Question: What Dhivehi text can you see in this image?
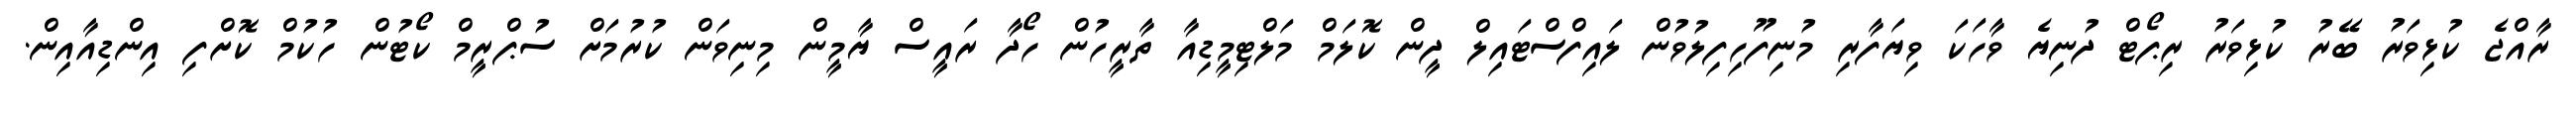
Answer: ރާއްޖެ ކުޅިވަރު ބޭރު ކުޅިވަރު ރިޕޯޓް ދުނިޔެ ވާހަކަ ވިޔަފާރި މުނިފޫހިފިލުވުން ލައިފްސްޓައިލް ދީން ކޮލަމް މަލްޓިމީޑިއާ ތާރީހުން ހޯދާ ރައީސް ޔާމީން މިނިވަން ކުރުމަށް ސުޕްރީމް ކޯޓުން ހުކުމް ކޮށްފި އިންޑިއާއިން.